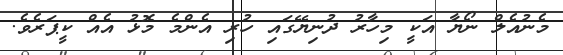
މެނުއެލް ނޯޔާ އަކީ މިހާރު ދުނިިޔޭގައި ހުރި އެންމެ މޮޅު އެއް ކީޕަރެވެ.